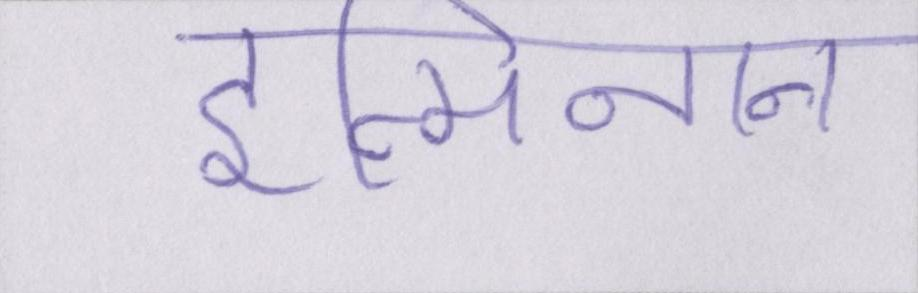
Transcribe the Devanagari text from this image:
इत्मीनान